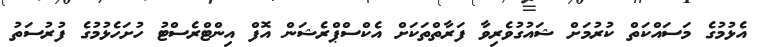
އެޅުމުގެ މަސައްކަތް ކުރުމަށް ޝައުގުވެރިވާ ފަރާތްތަކަށް އެކްސްޕްރެޝަން އޮފް އިންޓްރެސްޓު ހުށަހެޅުމުގެ ފުރުސަތު